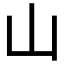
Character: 山